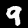
Digit: 9